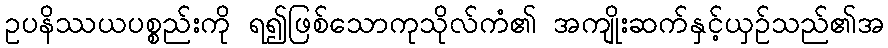
ဥပနိဿယပစ္စည်းကို ရ၍ဖြစ်သောကုသိုလ်ကံ၏ အကျိုးဆက်နှင့်ယှဉ်သည်၏အ